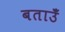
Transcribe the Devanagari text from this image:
बताउँ